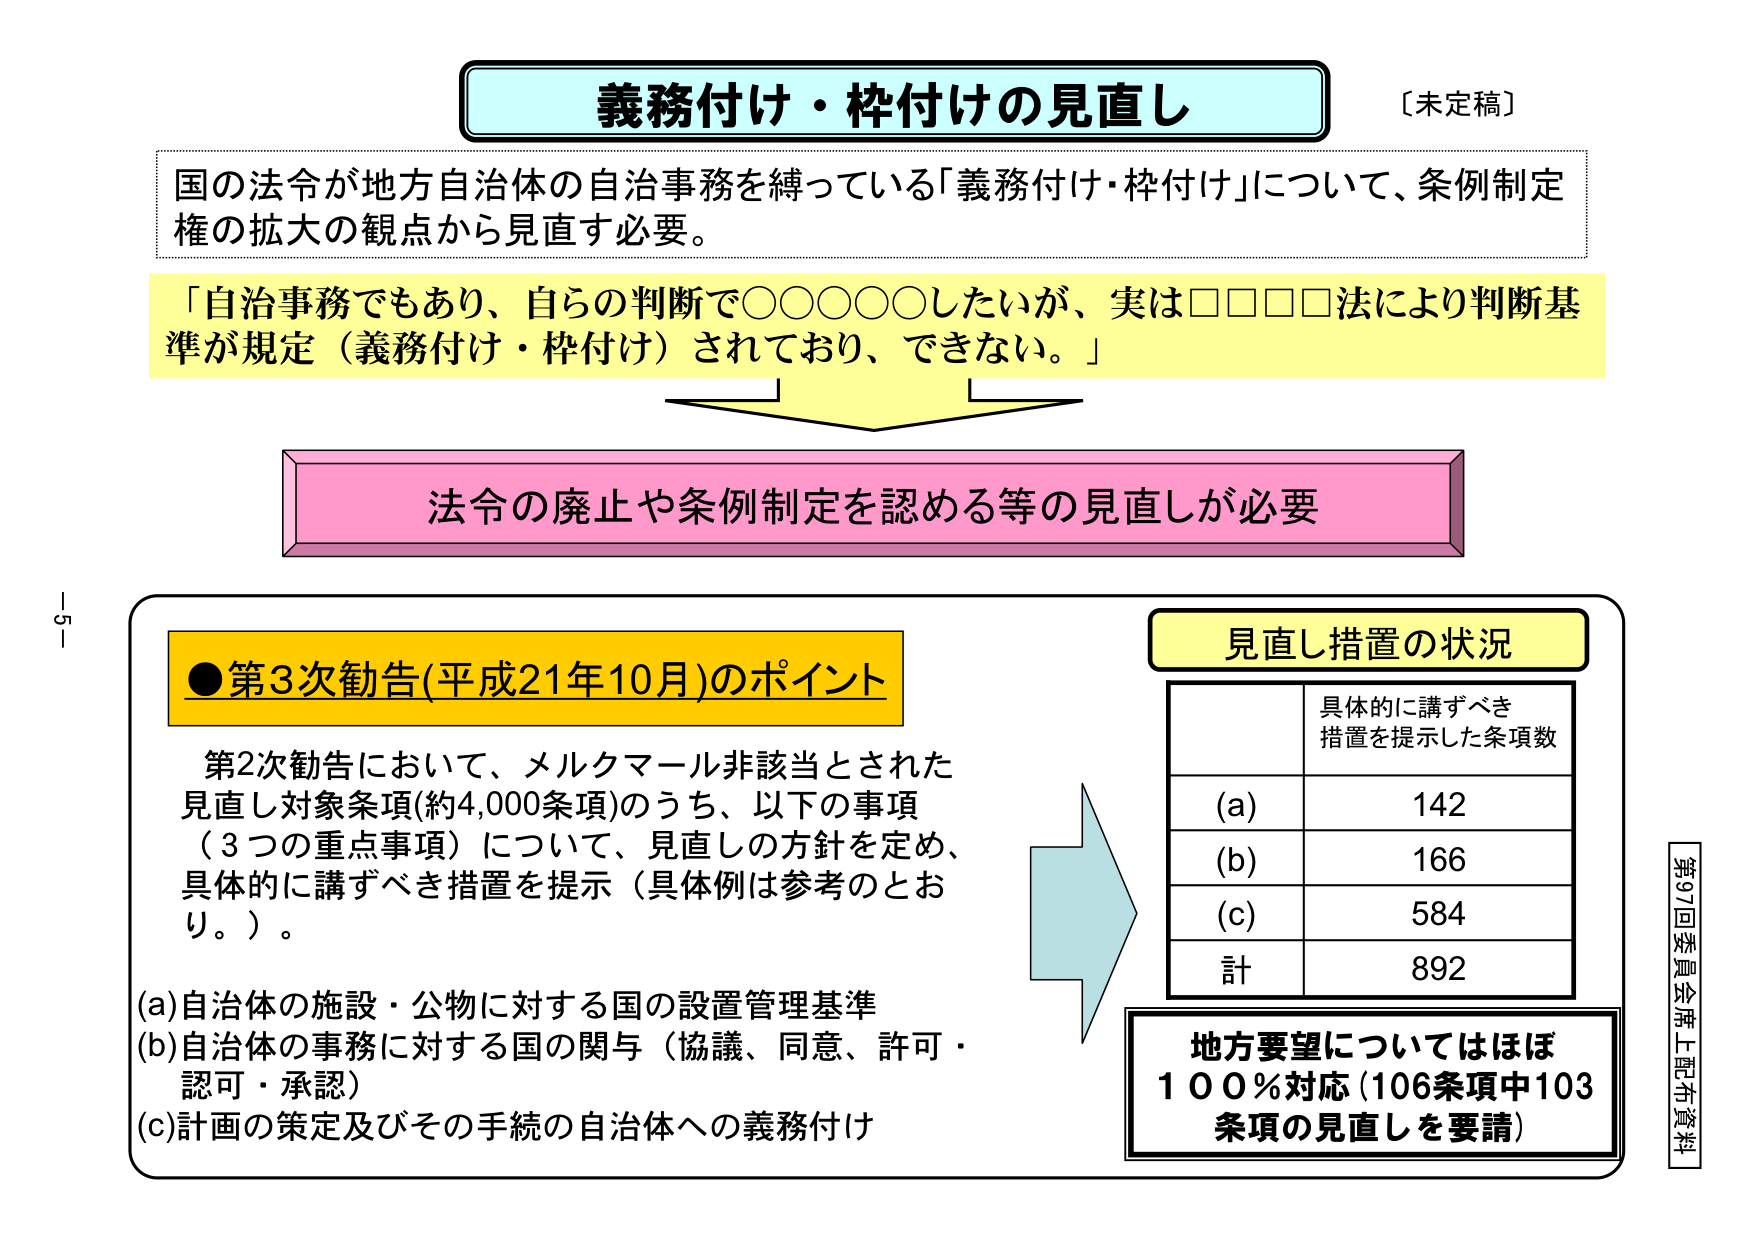
義務付け・枠付けの見直し
〔未定稿〕

国の法令が地方自治体の自治事務を縛っている「義務付け・枠付け」について、条例制定権の拡大の観点から見直す必要。

「自治事務でもあり、自らの判断で○○○○○したいが、実は□□□□法により判断基準が規定（義務付け・枠付け）されており、できない。」

法令の廃止や条例制定を認める等の見直しが必要

●第3次勧告(平成21年10月)のポイント
第2次勧告において、メルクマール非該当とされた見直し対象条項(約4,000条項)のうち、以下の事項（3つの重点事項）について、見直しの方針を定め、具体的に講ずべき措置を提示（具体例は参考のとおり。）。

(a)自治体の施設・公物に対する国の設置管理基準
(b)自治体の事務に対する国の関与（協議、同意、許可・認可・承認）
(c)計画の策定及びその手続の自治体への義務付け

見直し措置の状況
具体的に講ずべき措置を提示した条項数
(a) 142
(b) 166
(c) 584
計 892

地方要望についてはほぼ100％対応（106条項中103条項の見直しを要請）

第97回委員会席上配布資料
-5-